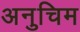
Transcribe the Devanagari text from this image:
अनुचिम